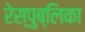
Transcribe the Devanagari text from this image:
रेस्पुब्लिका